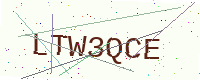
Text: LTW3QCE